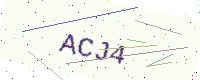
Text: ACJ4